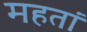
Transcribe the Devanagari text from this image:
महतां